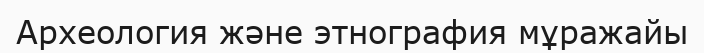
Археология және этнография мұражайы